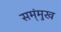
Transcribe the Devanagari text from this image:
सम्ंमुख